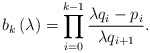
\begin{align*}b_k\left( \lambda \right)=\prod_{i=0}^{k-1} \frac{\lambda q_i-p_i}{\lambda q_{i+1}}.\end{align*}